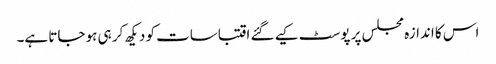
اس کا اندازہ مجلس پر پوسٹ کیے گئے اقتباسات کو دیکھ کر ہی ہو جاتا ہے۔